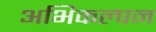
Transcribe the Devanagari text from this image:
अभिकल्‍पन